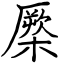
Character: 橜